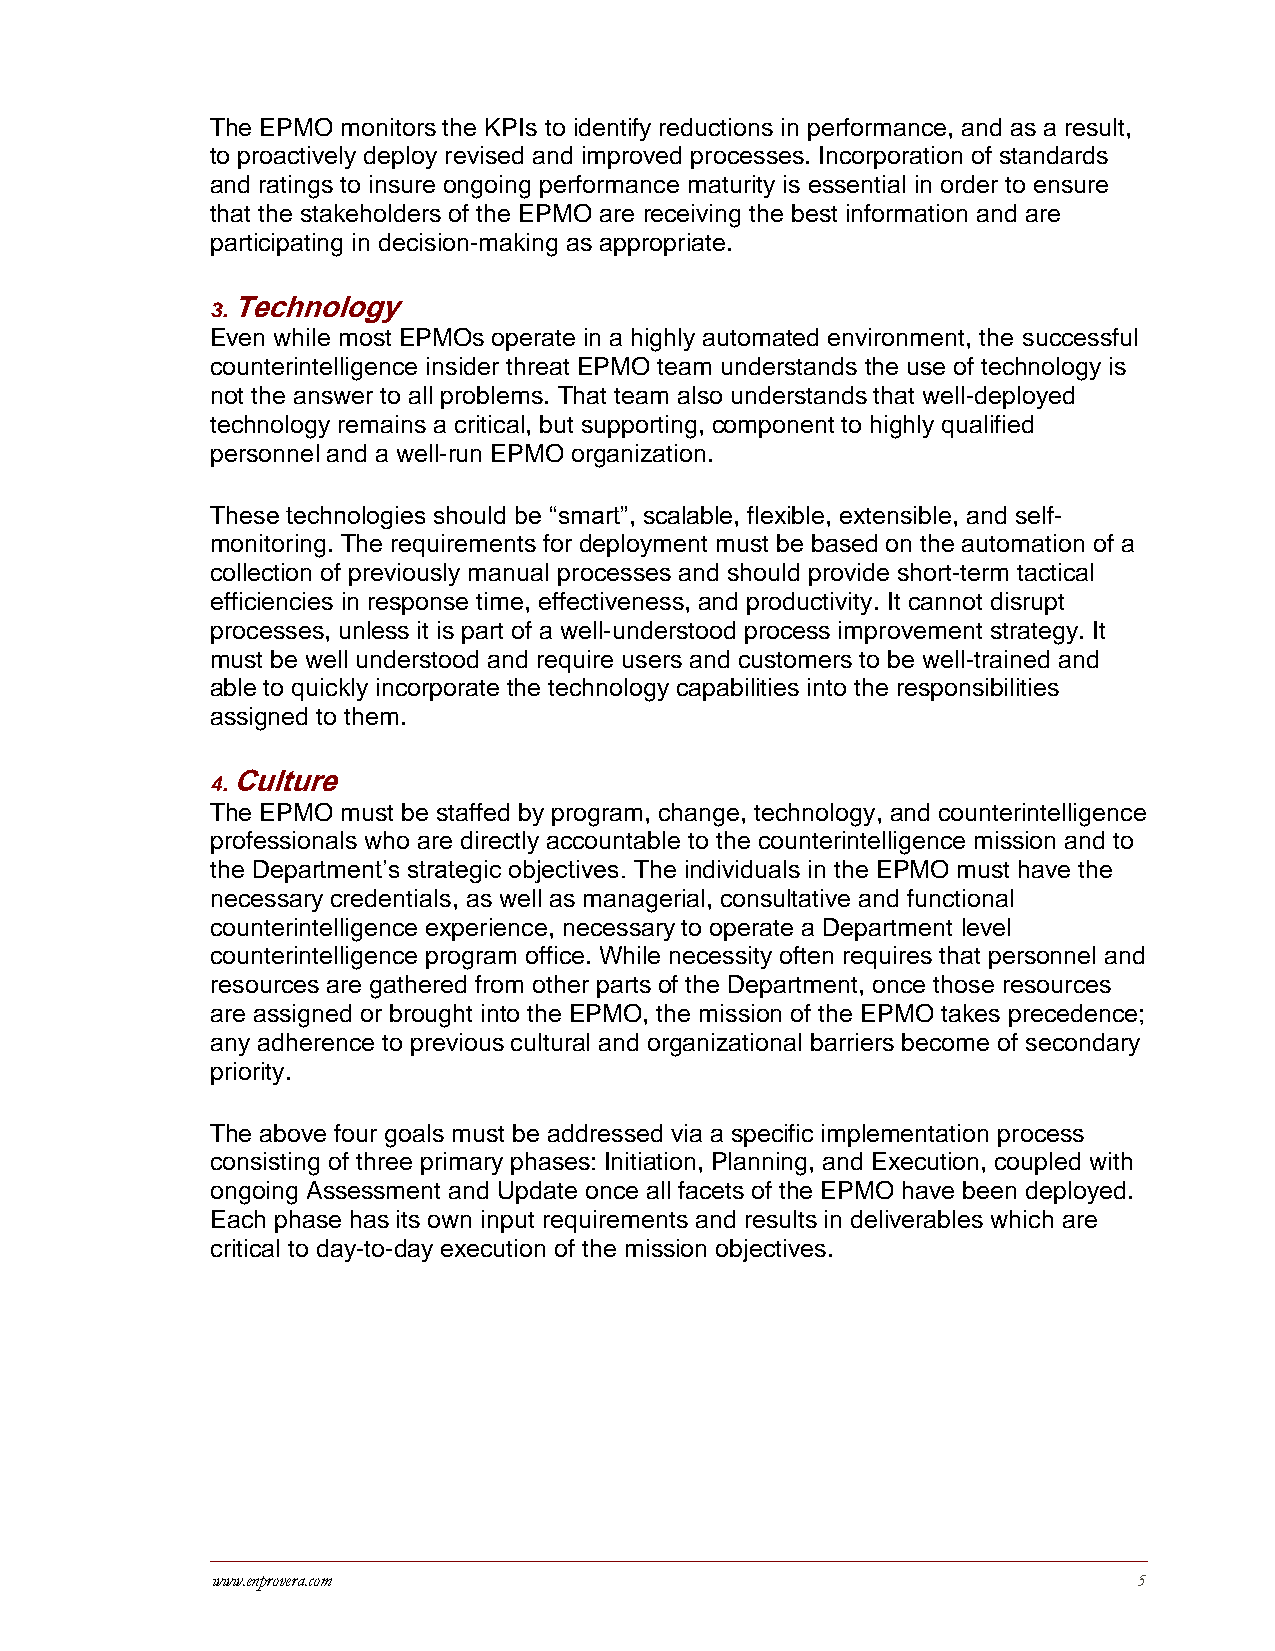
The EPMO monitors the KPIs to identify reductions in performance, and as a result,
 to proactively deploy revised and improved processes. Incorporation of standards
 and ratings to insure ongoing performance maturity is essential in order to ensure
 that the stakeholders of the EPMO are receiving the best information and are
 participating in decision-making as appropriate.
 3.
 Technology
 Even while most EPMOs operate in a highly automated environment, the successful
 counterintelligence insider threat EPMO team understands the use of technology is
 not the answer to all problems. That team also understands that well-deployed
 technology remains a critical, but supporting, component to highly qualified
 personnel and a well-run EPMO organization.
 These technologies should be “smart”, scalable, flexible, extensible, and self-
 monitoring. The requirements for deployment must be based on the automation of a
 collection of previously manual processes and should provide short-term tactical
 efficiencies in response time, effectiveness, and productivity. It cannot disrupt
 processes, unless it is part of a well-understood process improvement strategy. It
 must be well understood and require users and customers to be well-trained and
 able to quickly incorporate the technology capabilities into the responsibilities
 assigned to them.
 4.
 Culture
 The EPMO must be staffed by program, change, technology, and counterintelligence
 professionals who are directly accountable to the counterintelligence mission and to
 the Department’s strategic objectives. The individuals in the EPMO must have the
 necessary credentials, as well as managerial, consultative and functional
 counterintelligence experience, necessary to operate a Department level
 counterintelligence program office. While necessity often requires that personnel and
 resources are gathered from other parts of the Department, once those resources
 are assigned or brought into the EPMO, the mission of the EPMO takes precedence;
 any adherence to previous cultural and organizational barriers become of secondary
 priority.
 The above four goals must be addressed via a specific implementation process
 consisting of three primary phases: Initiation, Planning, and Execution, coupled with
 ongoing Assessment and Update once all facets of the EPMO have been deployed.
 Each phase has its own input requirements and results in deliverables which are
 critical to day-to-day execution of the mission objectives.
 www.enprovera.com                                            5